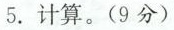
5.计算。(9分)